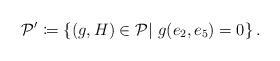
LaTeX: \begin{align*}\mathcal P' \coloneqq \left\{(g,H)\in \mathcal P|\ g(e_2,e_5)=0\right\}.\end{align*}